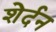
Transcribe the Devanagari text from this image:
शेर्दन